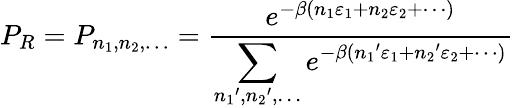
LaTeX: P_{R}=P_{n_{1},n_{2},\ldots}={\frac{e^{-\beta(n_{1}\varepsilon_{1}+n_{2}\varepsilon_{2}+\cdots)}}{\displaystyle\sum_{{n_{1}}^{\prime},{n_{2}}^{\prime},\ldots}e^{-\beta({n_{1}}^{\prime}\varepsilon_{1}+{n_{2}}^{\prime}\varepsilon_{2}+\cdots)}}}